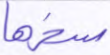
سخرها